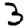
Digit: 3